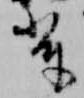
輩